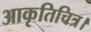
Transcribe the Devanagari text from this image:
आकृतिचित्र।